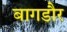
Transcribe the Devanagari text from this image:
बागडौर